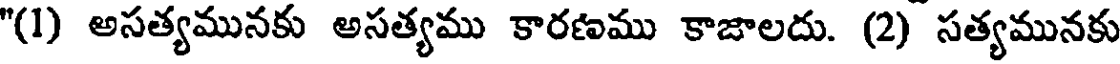
"(1) అసత్యమునకు అసత్యము కారణము కాజాలదు. (2) సత్యమునకు